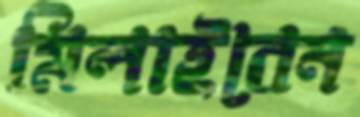
মিলাইবেন